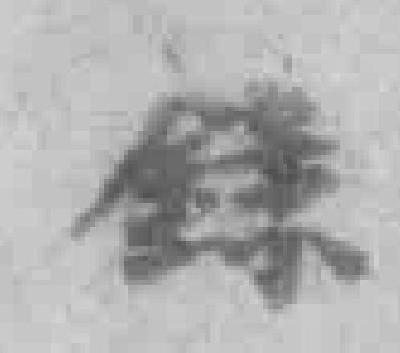
錄